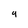
Character: g